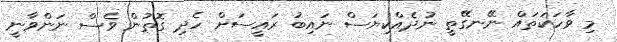
މި ވާހަކަތައް ނޭނގޭތީ ނުދެއްކިޔަސް ނައިބު ރައީސަށް ހެދި ގޮތުން ވެސް ނަންވާނީ